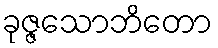
ခုဇ္ဇသောဘိတော